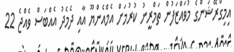
އިމިގްރޭޝަންގެ މުވައްޒަފުން ތަމްރީނު ކުރުމަށް އެމްއެންޔޫ އާއި ދެމެދު އެއްބަސް ވެއްޖެ 22